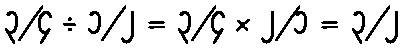
၃/၄ ÷ ၁/၂ = ၃/၄ × ၂/၁ = ၃/၂